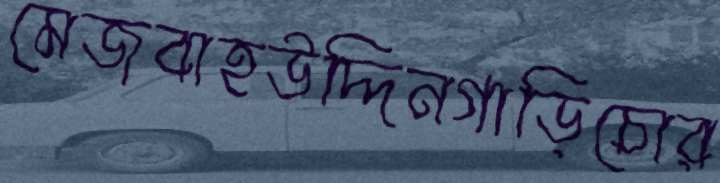
মেজবাহউদ্দিনগাড়িচোর